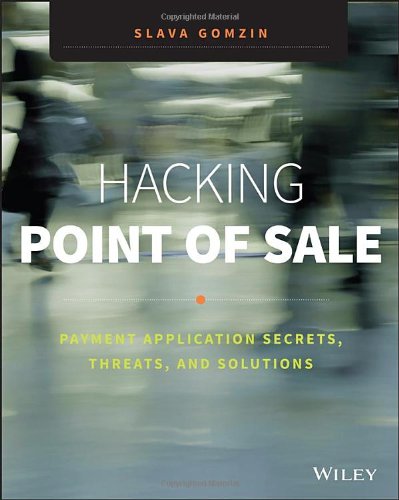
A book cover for Hacking Point of Sale: Payment Application Secrets, Threats, and Solutions; Slava Gomzin; Computers & Technology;